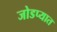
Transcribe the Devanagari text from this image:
जोडप्यात